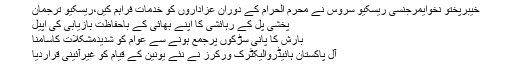
خیبرپختو نخوایمرجنسی ریسکیو سروس نے محرم الحرام کے دوران عزاداروں کو خدمات فراہم کیں،ریسکیو ترجمان
پخشی پل کے رہائشی کا اپنے بھائی کے باحفاظت بازیابی کی اپیل
بارش کا پانی سڑکوں پرجمع ہونے سے عوام کو شدیدمشکلات کاسامنا
آل پاکستان ہائیڈروالیکٹرک ورکرز نے نئے یونین کے قیام کو غیرآئینی قراردیا